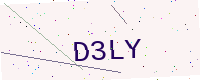
Text: D3LY